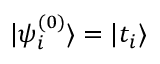
{ | \psi _ { i } ^ { ( 0 ) } \rangle = | t _ { i } \rangle }